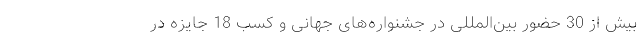
بیش از 30 حضور بین‌المللی در جشنواره‌های جهانی و کسب 18 جایزه در